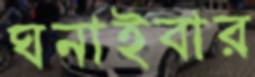
ঘনাইবার